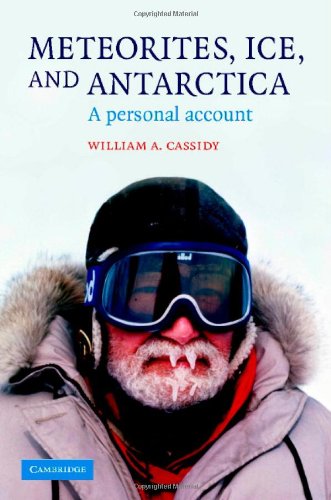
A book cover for Meteorites, Ice, and Antarctica: A Personal Account (Studies in Polar Research); William A. Cassidy; Science & Math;